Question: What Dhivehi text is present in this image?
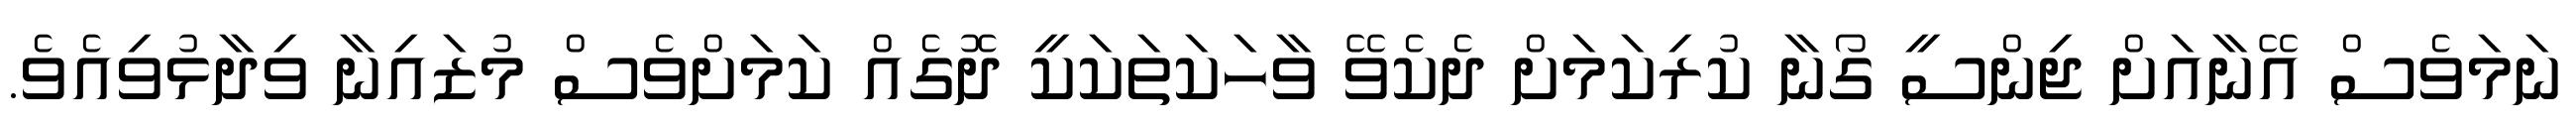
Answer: ނަމަވެސް އޭނާއަށް ޖިންސީ ގޯނާ ކުރިކަމަށް ދެކެވޭ ވާހަކަތަކަކީ ދޮގެއް ކަމަށްވެސް މުޒައިނާ ވިދާޅުވިއެވެ.